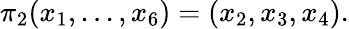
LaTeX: \pi_{2}(x_{1},...,x_{6})=(x_{2},x_{3},x_{4}).